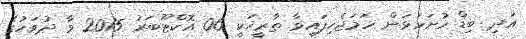
އަދި ބިޑް ހުށަހަޅަން ހަމަޖެހިފައިވާ ތާރީޚަކީ 06 އޮކްޓޫބަރު 2015 ވާ ދުވަހުގެ